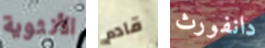
الأنثوية قادم دانفورث